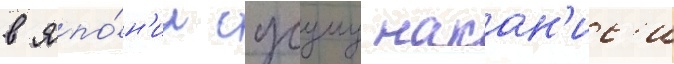
в япо́н'ии сусуму накан'ис'и